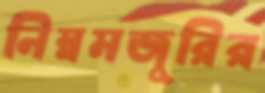
নিম্নমজুরির